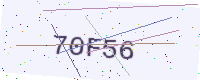
Text: 70F56